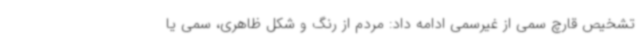
تشخیص قارچ سمی از غیرسمی ادامه داد: مردم از رنگ و شکل ظاهری، سمی یا